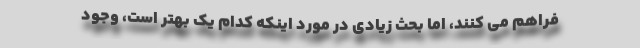
فراهم می کنند، اما بحث زیادی در مورد اینکه کدام یک بهتر است، وجود